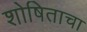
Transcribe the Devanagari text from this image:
शोषिताचा